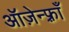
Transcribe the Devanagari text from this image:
ऑज़ेन्फ़्राँ